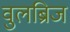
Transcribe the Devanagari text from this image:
वुलब्रिज